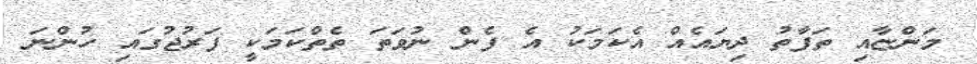
މަންޏާއި ތަފާތު ދިޔައެއް އެކަމަކު އެ ފެން ނުވަތަ ތެތްކަމަކީ ފަރުޖުގައި ހުންނަ